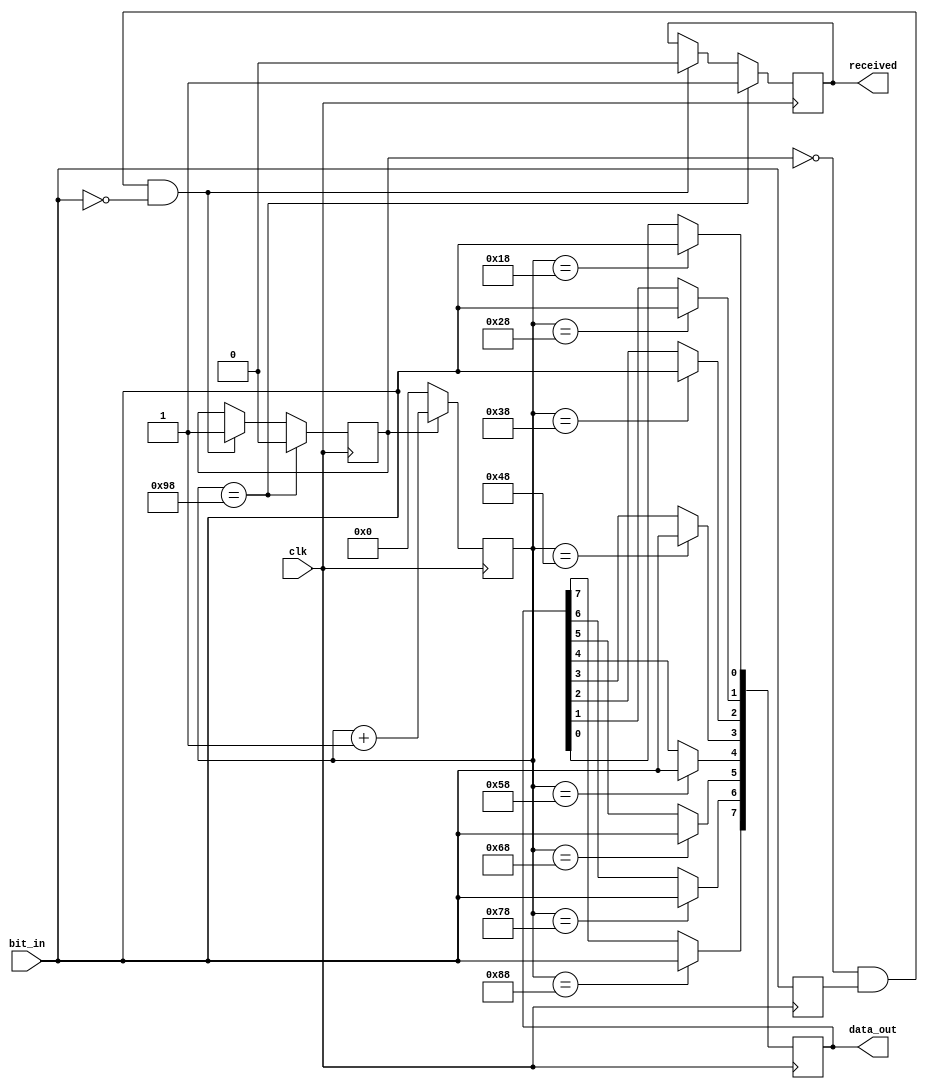
`timescale 1ns / 1ps

module uart_rx(
    input clk,
    input bit_in,
    output reg received,
    output reg [7:0] data_out
    );
    
    reg last_bit;
    reg receiving = 0;
    reg [7:0] count;
    
    always@(posedge clk) begin
        if (~receiving & last_bit & ~bit_in) begin
            receiving <= 1;
            received <= 0;
            count <= 0;
        end

        last_bit <= bit_in;
        count <= (receiving) ? count+1 : 0;
        
        // sampling every 16 ticks
        case (count)
            8'd24:  data_out[0] <= bit_in;
            8'd40:  data_out[1] <= bit_in;
            8'd56:  data_out[2] <= bit_in;
            8'd72:  data_out[3] <= bit_in;
            8'd88:  data_out[4] <= bit_in;
            8'd104: data_out[5] <= bit_in;
            8'd120: data_out[6] <= bit_in;
            8'd136: data_out[7] <= bit_in;
            8'd152: begin received <= 1; receiving <= 0; end
        endcase
    end
endmodule